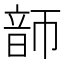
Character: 韴